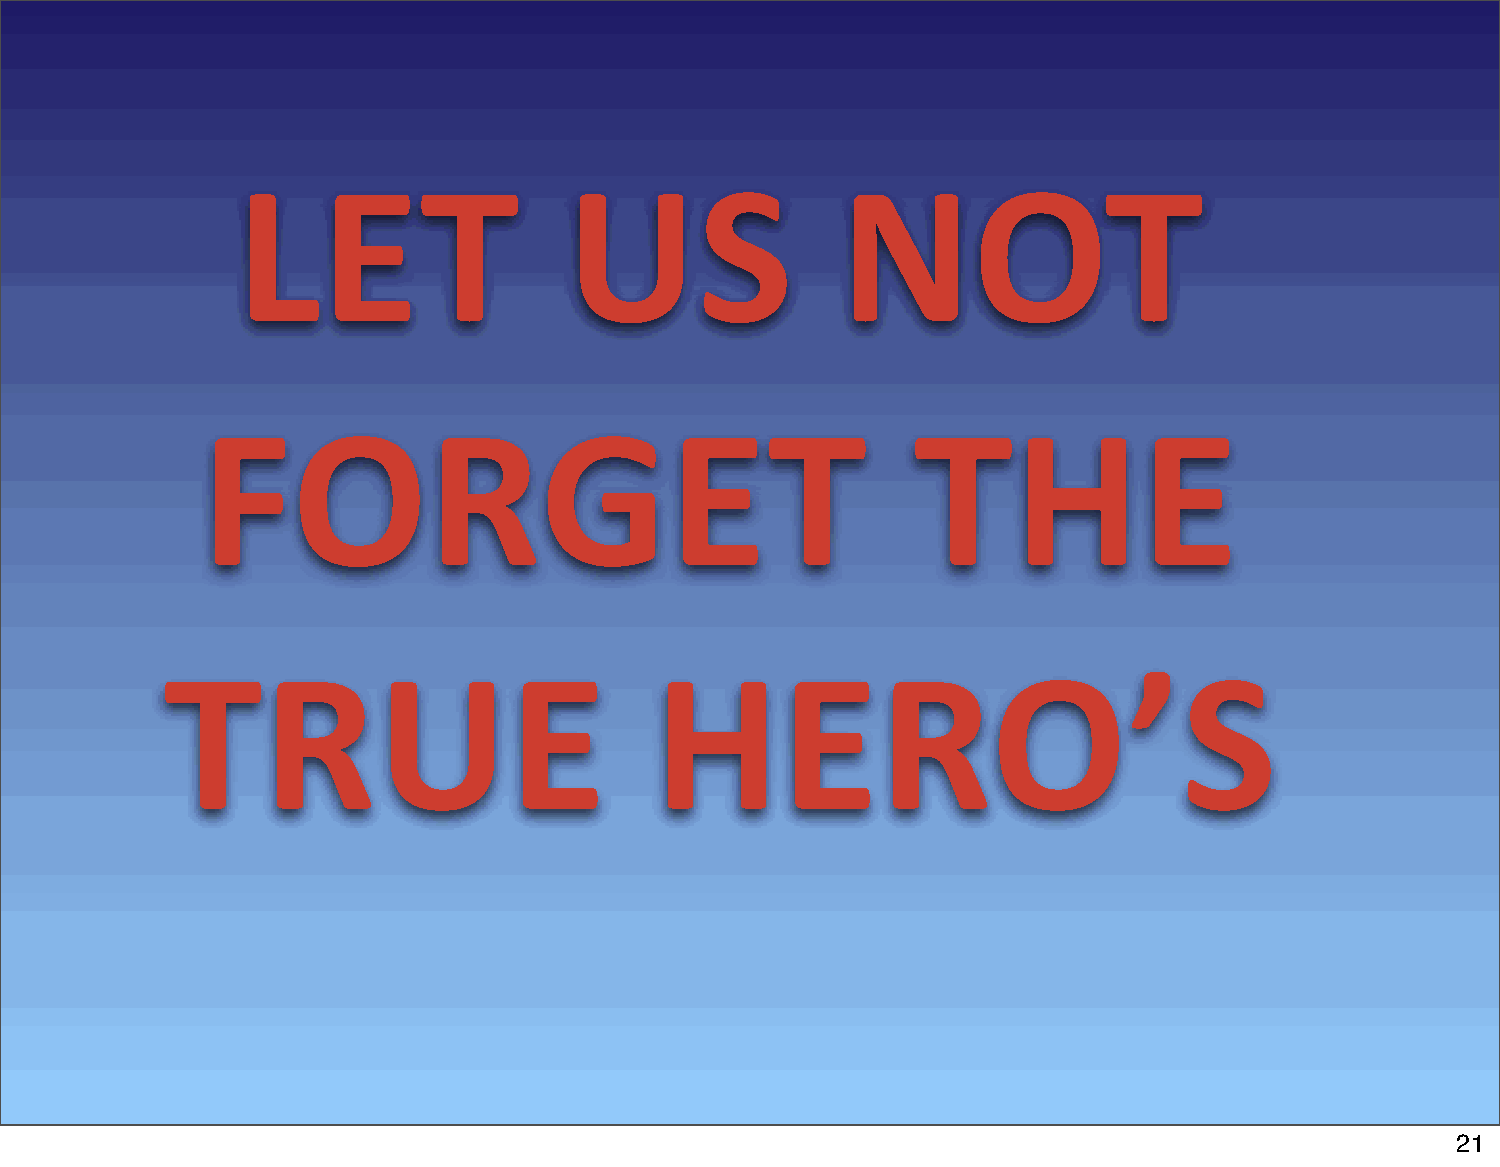
LET                   US                NOT
 FORGET                                          THE
 TRUE                            HERO’S
 21